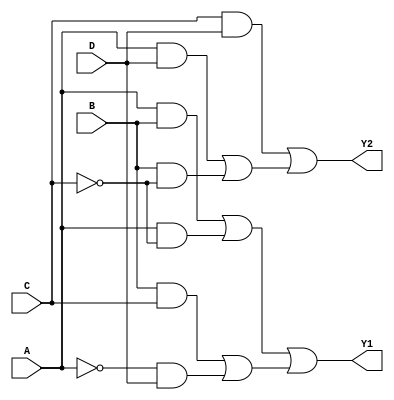
module jewel_pal (
    input wire A,
    input wire B,
    input wire C,
    input wire D,
    output wire Y1,
    output wire Y2
);

// Define the programmable AND gates
wire and_out0, and_out1, and_out2, and_out3; // Outputs from AND gates

// Example of programmable AND gates
assign and_out0 = (A & B) | (A & ~C); // AND gate 0
assign and_out1 = (B & C) | (~A & D); // AND gate 1
assign and_out2 = (C & D);            // AND gate 2
assign and_out3 = (A & D) | (B & ~C); // AND gate 3

// Fixed OR array
assign Y1 = and_out0 | and_out1; // OR gate for output Y1
assign Y2 = and_out2 | and_out3; // OR gate for output Y2

endmodule